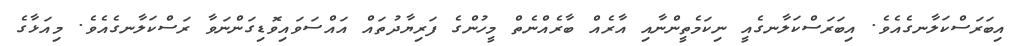
އިބަރަސްކަލާނގެއެވެ. އިބަރަސްކަލާނގެއީ ނިކަމެތީންނާއި އާރެއް ބާރެއްނެތް މީހުންގެ ފަރިޔާދުތައް އައްސަވައިވޮޑިގަންނަވާ ރަސްކަލާނގެއެވެ. މިއަޅާގެ